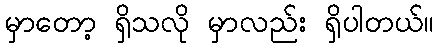
မှာတော့ ရှိသလို မှာလည်း ရှိပါတယ်။